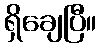
ရှိချေပြီ။